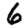
Digit: 6